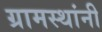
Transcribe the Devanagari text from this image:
ग्रामस्‍थांनी